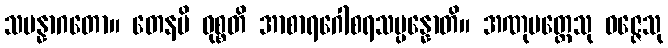
သမန္နာဂတော။ တေနပိ ဝုစ္စတိ အာစာရဂေါစရသမ္ပန္နောတိ။ အဏုမတ္တေသု ဝဇ္ဇေသု